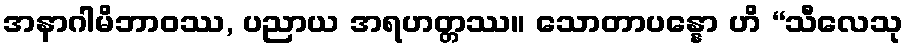
အနာဂါမိဘာဝဿ, ပညာယ အရဟတ္တဿ။ သောတာပန္နော ဟိ “သီလေသု